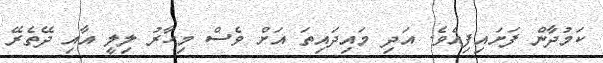
ކަމުދާން ފަށައިފިއެވެ. އަދި މައިދައިތަ އަށް ވެސް މިހާރު ލިލީ އާއި ދޭތެރޭ